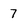
Character: 7